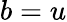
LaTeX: b=u